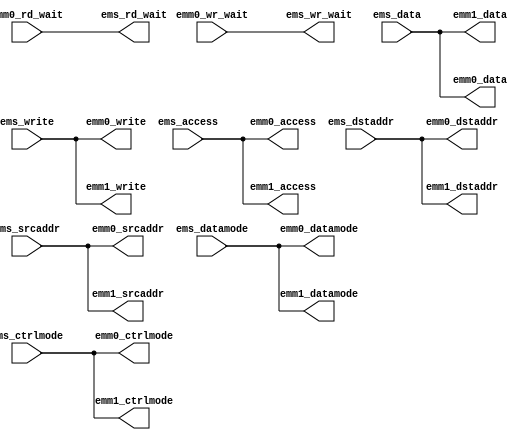
module emesh_split (/*AUTOARG*/
   // Outputs
   ems_rd_wait, ems_wr_wait, emm0_access, emm0_write, emm0_datamode,
   emm0_ctrlmode, emm0_dstaddr, emm0_srcaddr, emm0_data, emm1_access,
   emm1_write, emm1_datamode, emm1_ctrlmode, emm1_dstaddr,
   emm1_srcaddr, emm1_data,
   // Inputs
   ems_access, ems_write, ems_datamode, ems_ctrlmode, ems_dstaddr,
   ems_srcaddr, ems_data, emm0_rd_wait, emm0_wr_wait
   );

   // Slave port
   input         ems_access;
   input         ems_write;
   input [1:0]   ems_datamode;
   input [3:0]   ems_ctrlmode;
   input [31:0]  ems_dstaddr;
   input [31:0]  ems_srcaddr;
   input [31:0]  ems_data;
   output        ems_rd_wait;
   output        ems_wr_wait;

   // Master port #0 (with wait inputs)
   output        emm0_access;
   output        emm0_write;
   output [1:0]  emm0_datamode;
   output [3:0]  emm0_ctrlmode;
   output [31:0] emm0_dstaddr;
   output [31:0] emm0_srcaddr;
   output [31:0] emm0_data;
   input         emm0_rd_wait;
   input         emm0_wr_wait;
   
   // Master port #1 (NO wait inputs)
   output        emm1_access;
   output        emm1_write;
   output [1:0]  emm1_datamode;
   output [3:0]  emm1_ctrlmode;
   output [31:0] emm1_dstaddr;
   output [31:0] emm1_srcaddr;
   output [31:0] emm1_data;
   
   //############
   //# Duplicate all slave->master signals
   //############
   wire        emm0_access   = ems_access;    
   wire        emm0_write    = ems_write;    
   wire [1:0]  emm0_datamode = ems_datamode; 
   wire [3:0]  emm0_ctrlmode = ems_ctrlmode; 
   wire [31:0] emm0_dstaddr  = ems_dstaddr;  
   wire [31:0] emm0_srcaddr  = ems_srcaddr;  
   wire [31:0] emm0_data     = ems_data;
   
   // Master port #1 (NO wait inputs)
   wire        emm1_access   = ems_access;  
   wire        emm1_write    = ems_write;   
   wire [1:0]  emm1_datamode = ems_datamode;
   wire [3:0]  emm1_ctrlmode = ems_ctrlmode;
   wire [31:0] emm1_dstaddr  = ems_dstaddr; 
   wire [31:0] emm1_srcaddr  = ems_srcaddr; 
   wire [31:0] emm1_data     = ems_data;    
      
   //#############################
   //# Wait signal passthroughs, port 0 only
   //#############################
   wire          ems_rd_wait = emm0_rd_wait;
   wire          ems_wr_wait = emm0_wr_wait;
   
endmodule